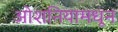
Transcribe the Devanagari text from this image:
ओशनियामधून